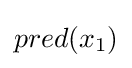
pred(x_{1})